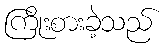
ကြိုးစားခဲ့သည်